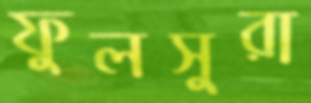
ফুলসুরা